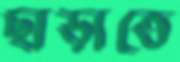
ছাড়াতে